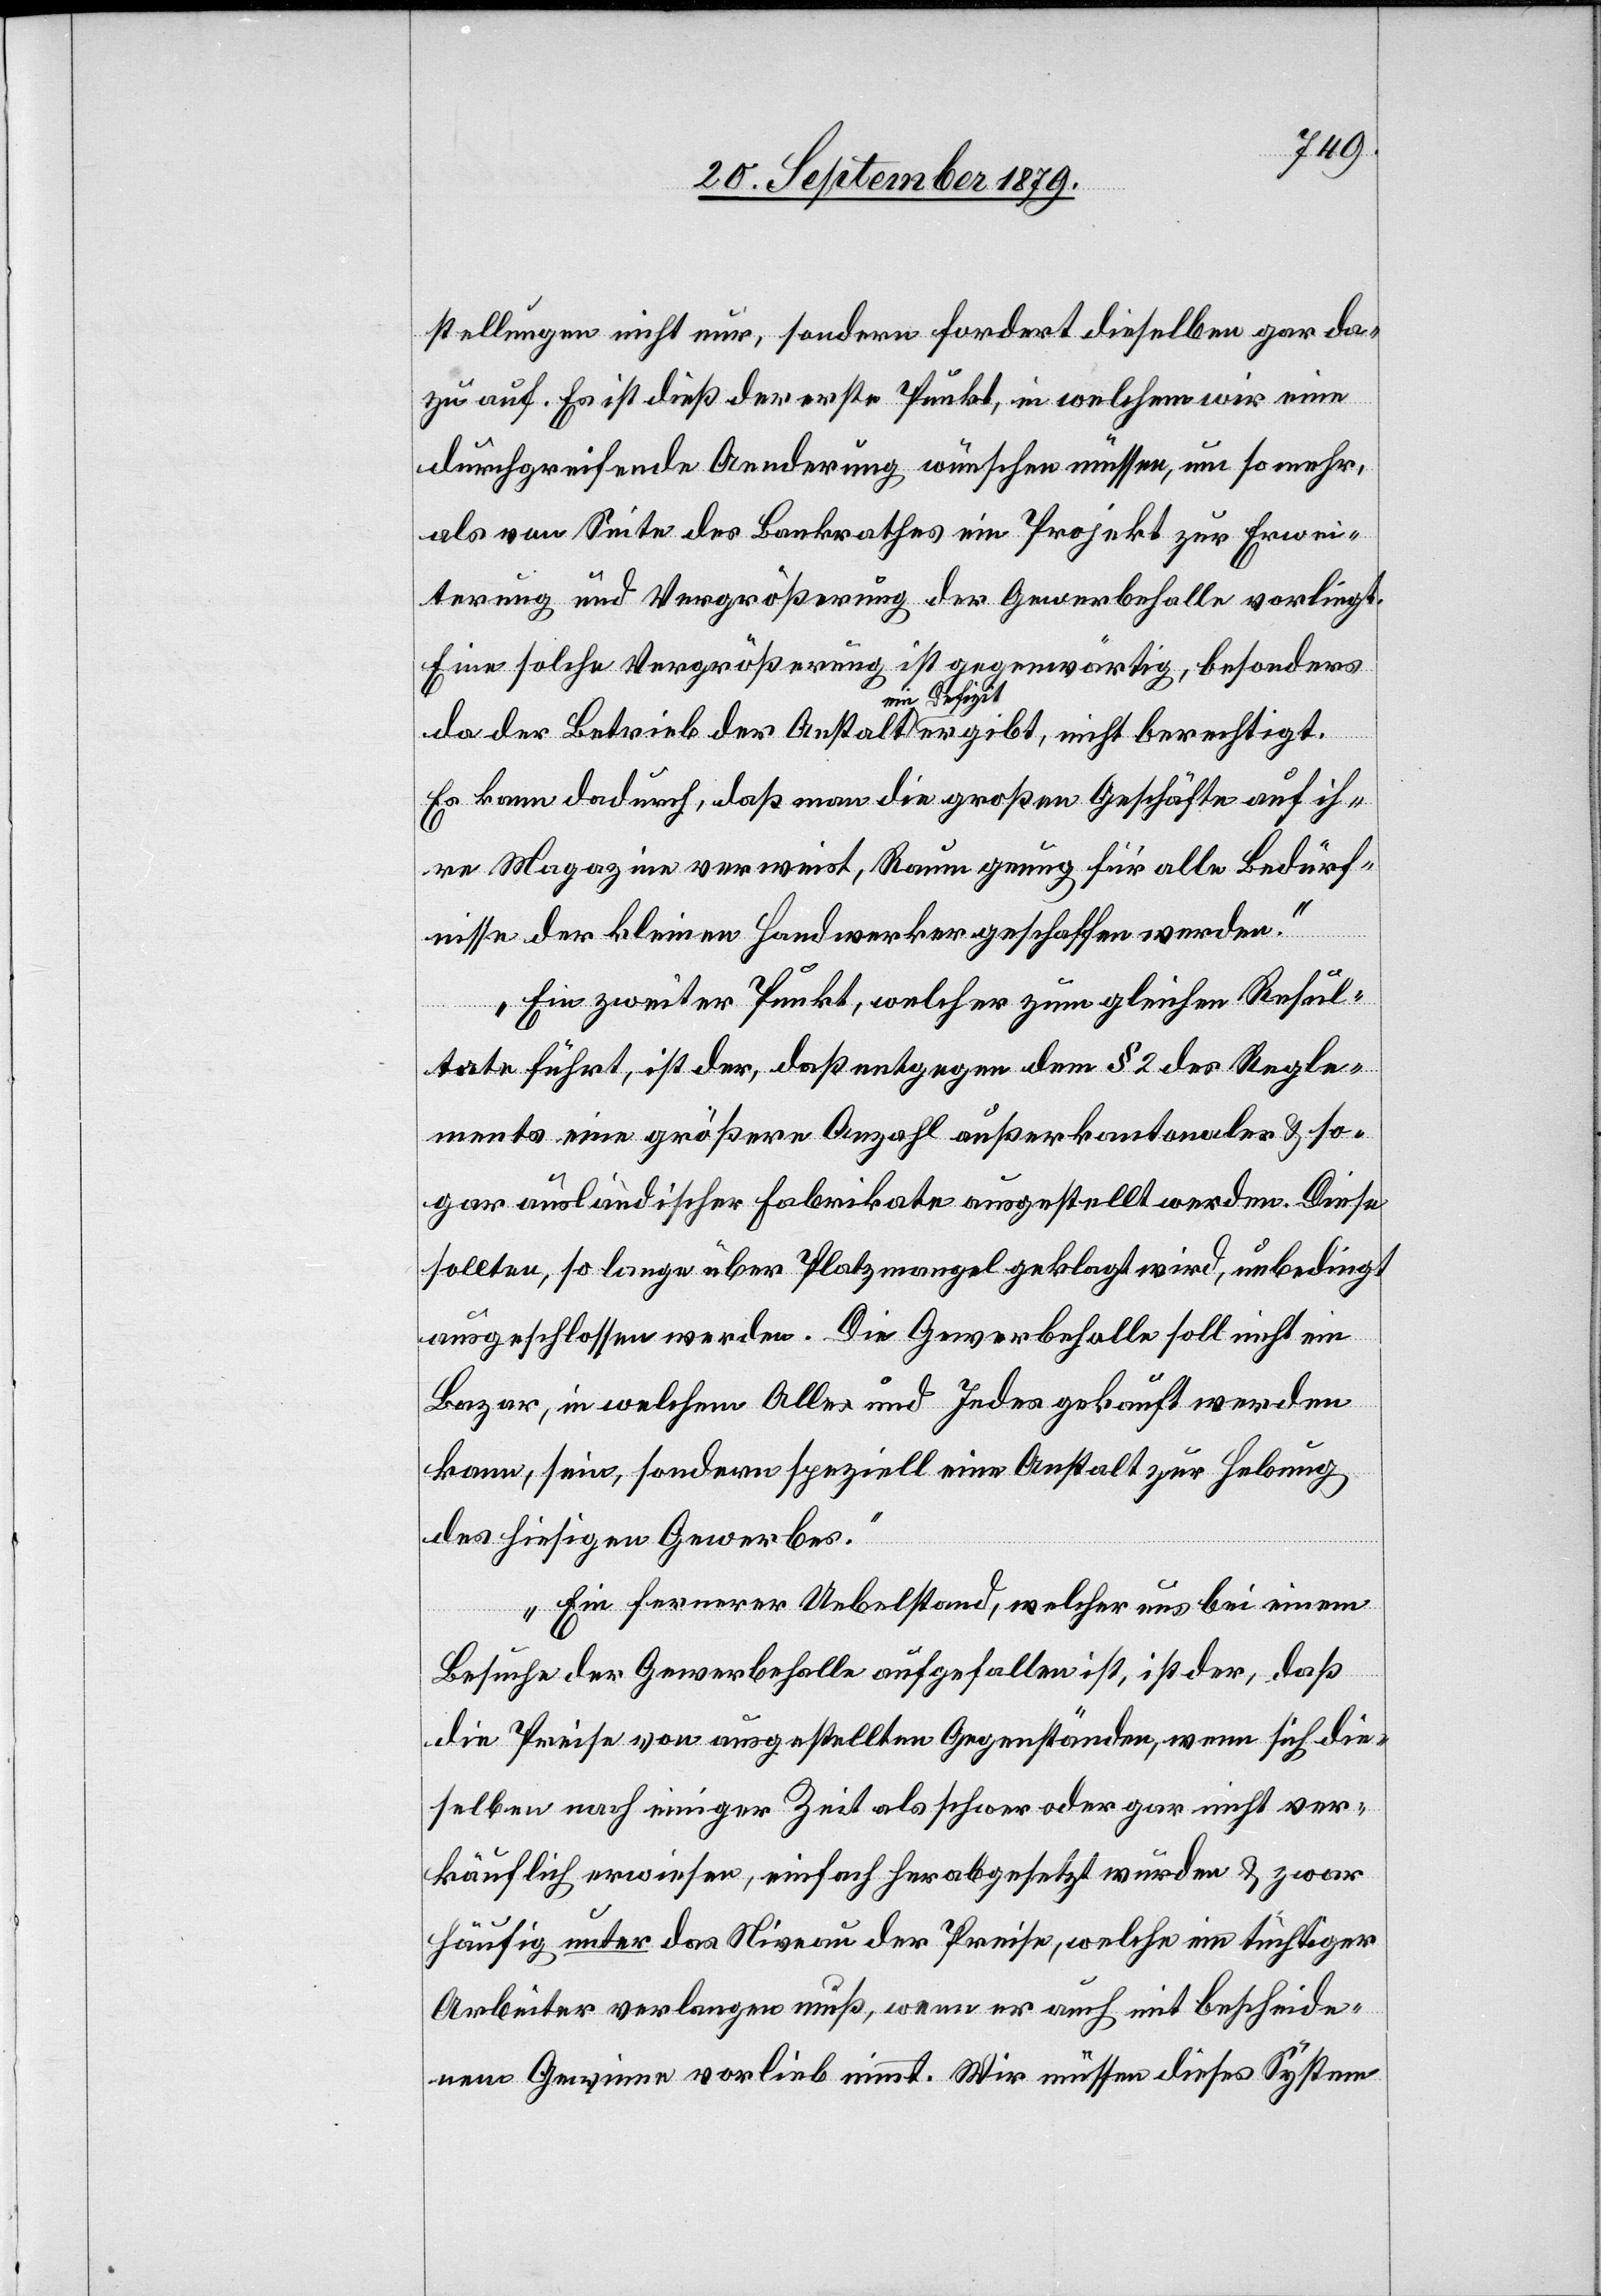
stellungen nicht nur, sondern fordert dieselben gar da¬
zu auf. Es ist dieß der erste Punkt, in welchem wir eine
durchgreifende Aenderung wünschen müssen, um so mehr,
als von Seite des Bankrathes ein Projekt zur Erwei¬
terung und Vergrößerung der Gewerbehalle vorliegt.
Eine solche Vergrößerung ist gegenwärtig, besonders
da der Betrieb der Anstalt ein Defizit ergibt, nicht berechtigt.
Es kann dadurch, daß man die großen Geschäfte auf ih¬
re Magazine verweist, Raum genug für alle Bedürf¬
nisse der kleinen Handwerker geschaffen werden.
Ein zweiter Punkt, welcher zum gleichen Resul¬
tate führt, ist der, daß entgegen dem § 2 des Regle¬
ments eine größere Anzahl außerkantonaler & so¬
gar ausländischer Fabrikate ausgestellt werden. Diese
sollten, so lange über Platzmangel geklagt wird, unbedingt
ausgeschlossen werden. Die Gewerbehalle soll nicht ein
Bazar, in welchem Alle und Jedes gekauft werden
kann, sein, sondern speziell eine Anstalt zur Hebung
des hiesigen Gewerbes.
Ein fernerer Uebelstand, welcher uns bei einem
Besuche der Gewerbehalle aufgefallen ist, ist der, daß
die Preise von ausgestellten Gegenständen, wenn sich die¬
selben nach einiger Zeit als schwer oder gar nicht ver¬
käuflich erwiesen, einfach herabgesetzt wurden & zwar
häufig unter das Niveau der Preise, welche ein tüchtiger
Arbeiter verlangen muß, wenn er auch mit bescheide¬
nem Gewinne vorlieb nimmt. Wir müssen dieses System